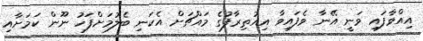
އިއްވާފައި ވަނީ އޭނާ ވެފައިވާ އިއުތިރާފުގެ މައްޗަށް އެކަނި ބެލުމަށްފަހު ނޫން ކަމަށާއި